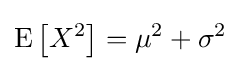
\operatorname {E} \left[X^{2}\right]=\mu ^{2}+\sigma ^{2}